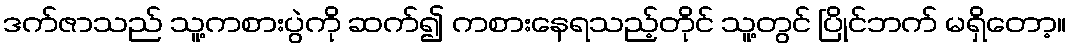
ဒက်ဇာသည် သူ့ကစားပွဲကို ဆက်၍ ကစားနေရသည့်တိုင် သူ့တွင် ပြိုင်ဘက် မရှိတော့။